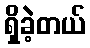
ရှိခဲ့တယ်